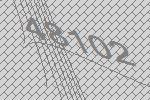
48102